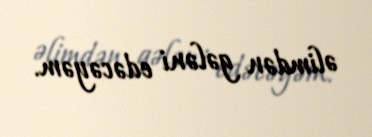
əlimdən gələni edəcəyəm.